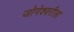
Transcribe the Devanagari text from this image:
जोगेश्वरीला